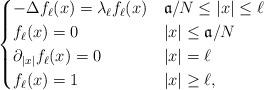
LaTeX: \begin{align*} \begin{cases}-\Delta f_\ell(x)=\lambda_\ell f_\ell(x)&\mathfrak{a}/N \le |x| \le \ell\\f_\ell(x)=0&|x|\le \mathfrak{a}/N\\\partial_{|x|} f_\ell(x)=0&|x|=\ell\\f_\ell(x)=1 &|x|\ge \ell,\end{cases}\end{align*}